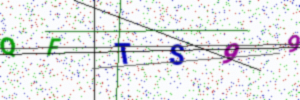
Text: QFTS99